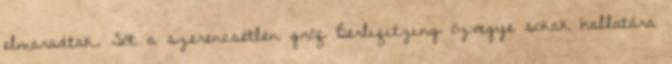
elmaradtak. Sőt a szerencsétlen gróf Berlifitzing özvegye sokak hallatára